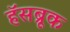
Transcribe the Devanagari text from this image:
हॅसब्रूक